Report of the King Institute of Preventive Medicine, Guindy
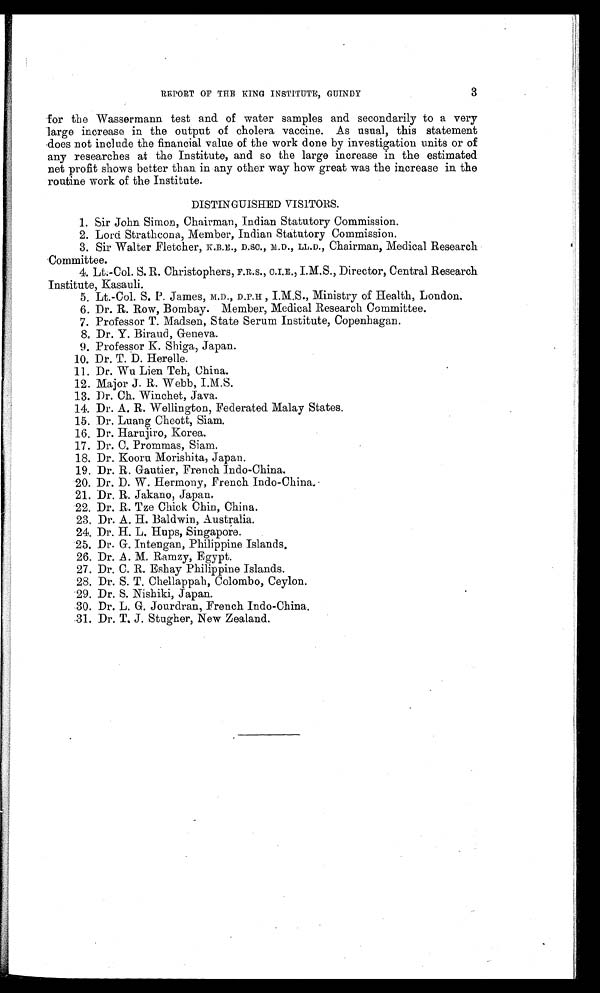
REPORT OF THE KING INSTITUTE, GUINDY
3
for the Wassermann test and of water samples and secondarily to a very
large increase in the output of cholera vaccine. As usual, this statement
does not include the financial value of the work done by investigation units or of
any researches at the Institute, and so the large increase in the estimated
net profit shows better than in any other way how great was the increase in the
routine work of the Institute.
DISTINGUISHED VISITORS.
1. Sir John Simon, Chairman, Indian Statutory Commission.
2. Lord. Strathcona, Member, Indian Statutory Commission,
3. Sir Walter Fletcher, K.B.E., D.Sc., M.D., LL.D., Chairman, Medical Research
'Committee.
4. Lt.-Col. S. R. Christophers, F.R.S., C.I.E., I.M.S., Director, Central Research
Institute, Kasauli.
5. Lt.-Col. S. P. James, Arm., D.P.H, I.M.S., Ministry of Health, London.
6. Dr. R. Row, Bombay. Member, Medical Research Committee.
7. Professor T. Madsen, State Serum Institute, Copenhagan.
8. Dr. Y. Biraud, Geneva.
9. Professor K. Shiga, Japan.
10. Dr. T. D. Herelle.
•
11. Dr. Wu Lien Teh, China.
12. Major J. R. Webb, I.M.S.
13. Dr. Ch. Winchet, Java.
14. Dr. A. R. Wellington, Federated Malay States.
15. Dr. Luang Cheott, Siam.
16. Dr. Harujiro, Korea.
17. Dr. C. Prommas, Siam.
18. Dr. Kooru Morishita, Japan.
19. Dr. R. Gautier, French Indo-China.
20. Dr. D. W. Hermony, French Indo-China.
21.
Dr. R. Jakano, Japan.
22. Dr. R. Tze Chick Chin, China.
23. Dr. A. H. Baldwin, Australia.
24. Dr. H. L. Hups, Singapore.
25. Dr. G. Intengan, Philippine Islands.
26. Dr. A. M. Ramzy, Egypt.
27. Dr. C. R. Eshay Philippine Islands.
28. Dr. S. T. Cheilappah, Colombo, Ceylon.
29. Dr. S. Nishiki, Japan.
30. Dr. L. G. Jourdran, French Indo-China.
31.
Dr. T.J. Stugher, New Zealand.